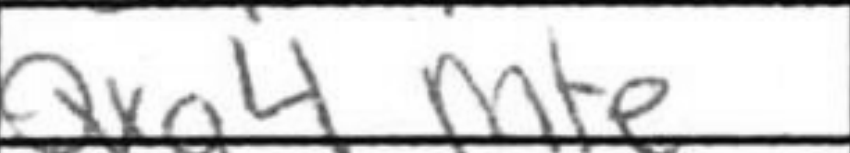
Transcription: Qxg4